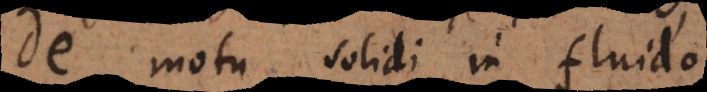
m motu solidi in fluido.